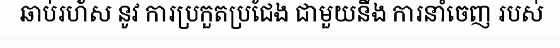
ឆាប់រហ័ស នូវ ការប្រកួតប្រជែង ជាមួយនឹង ការនាំចេញ របស់